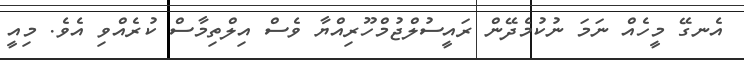
އެނގޭ މީހެއް ނަމަ ނުކުމެދޭން ރައީސުލްޖުމްހޫރިއްޔާ ވެސް އިލްތިމާސް ކުރެއްވި އެވެ. މިއީ